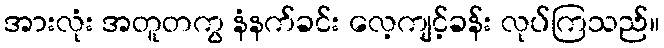
အားလုံး အတူတကွ နံနက်ခင်း လေ့ကျင့်ခန်း လုပ်ကြသည်။